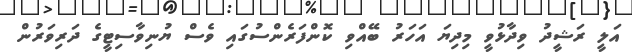
އަލީ ރަޝީދު ވިދާޅުވީ މިދިޔަ އަހަރު ބޭއްވި ކޮންފަރެންސުގައި ވެސް ޔުނިވާސިޓީގެ ދަރިވަރުން